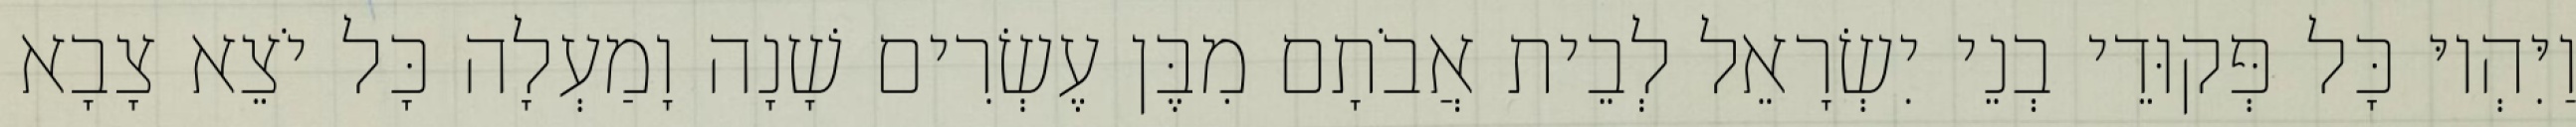
וַיִּהְיוּ כָּל פְּקוּדֵי בְנֵי יִשְׂרָאֵל לְבֵית אֲבֹתָם מִבֶּן עֶשְׂרִים שָׁנָה וָמַעְלָה כָּל יֹצֵא צָבָא